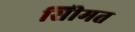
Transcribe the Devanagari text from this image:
सीिमत